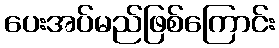
ပေးအပ်မည်ဖြစ်ကြောင်း